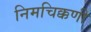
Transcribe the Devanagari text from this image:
निमचिक्कणी